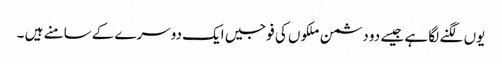
یوں لگنے لگا ہے جیسے دو دشمن ملکوں کی فوجیں ایک دوسرے کےسامنے ہیں ۔